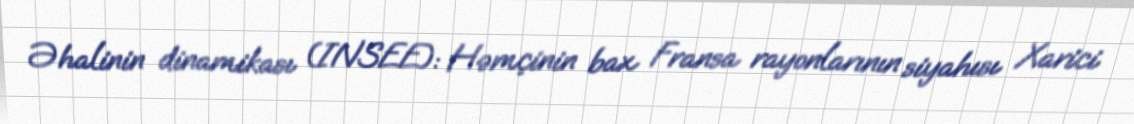
Əhalinin dinamikası (INSEE): Həmçinin bax Fransa rayonlarının siyahısı Xarici